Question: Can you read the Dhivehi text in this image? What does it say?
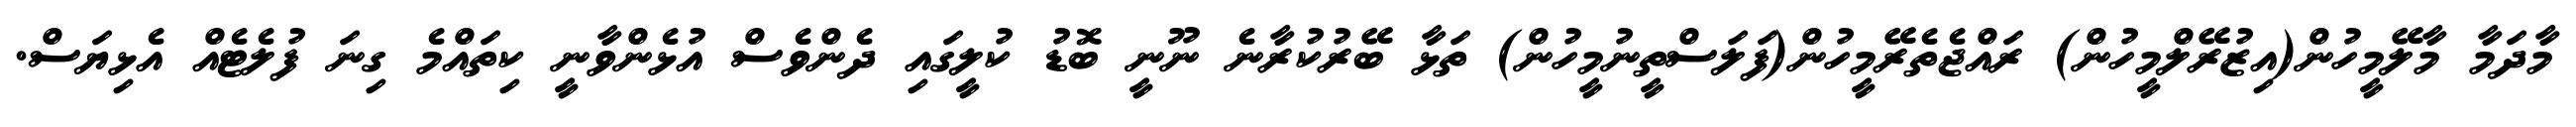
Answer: މާދަމާ މާލޭމީހުން(އިޒުރޭލްމީހުން) ރައްޖެތެރޭމީހުން(ފަލަސްތީނުމީހުން) ތަޅާ ބޭރުކުރާނެ ނޫނީ ބޮޑު ކުލީގައި ދެންވެސް އުޅެންވާނީ ކިތައްމެ ގިނަ ފުލެޓެއް އެޅިޔަސް.